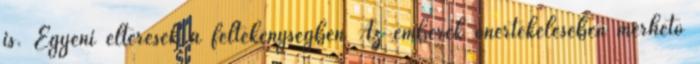
is. Egyéni eltérések a féltékenységben Az emberek önértékelésében mérhető